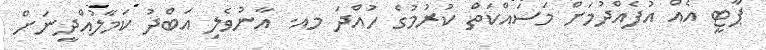
ޕާޓީ އެއް އުފެއްދުމަށް މަސައްކަތް ކުރުމުގެ ހުއްދަ މއ. އާނުވެލި އަބްދު ކަމާލުއްދީނަށް